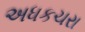
અધકચરા